Annual statistical returns and brief notes on vaccination in Bengal - 1887-1898
Year: 1887
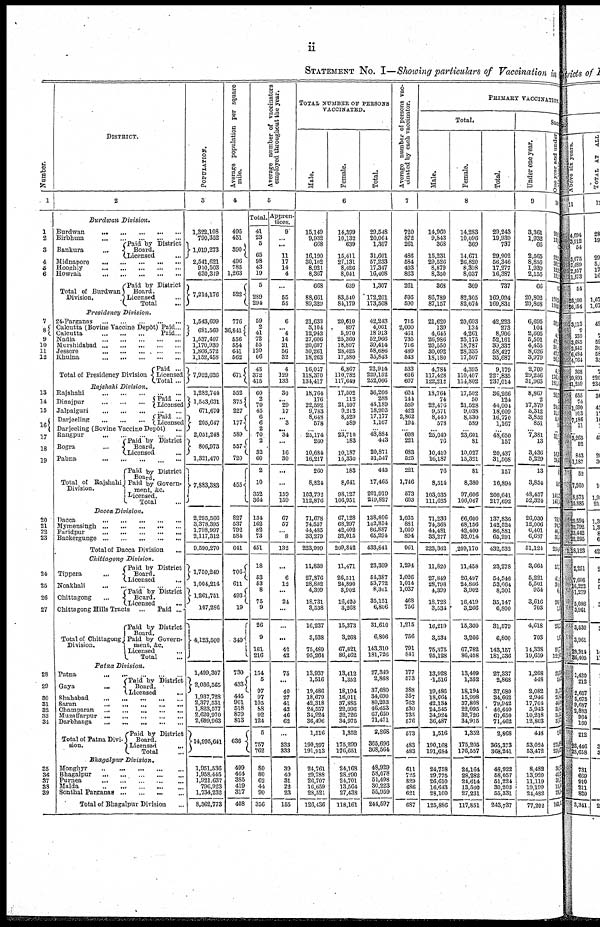
ii
STATEMENT No. I—Showing particulars of Vaccination in
Number.
1
1
2
3
4
5
6
7
8
9
10
11
12
13
14
15
16
17
18
19
20
21
22
23
24
25
26
27
28
29
30
31
32
33
34
35
36
37
38
39
DISTRICT.
2
Burdwan
Division.
Burdwan...
...
...
...
...
Birbhum...
...
...
...
Bankura...
Paid by District
Board.
Licensed...
Midnapore...
...
...
...
...
...
Hooghly...
...
...
...
...
Howrah...
...
...
...
...
Paid by District
Board.
Total of Burdwan
Division.
Licensed.
Total.
Presidency
Division.
24-Parganas...
...
...
...
...
Calcutta (Bovine Vaccine Depôt)
Calcutta... ... ... ... ...
Paid...
Paid...
Nadia...
...
...
...
...
Murshidabad...
...
...
...
...
Jessore...
...
...
...
...
Khulna...
...
...
...
Total of Presidency Division
Paid ...
Licensed
Total ...
Rajshahi...
...
...
...
Dinajpur... ... ...
Paid ...
Licensed
Jalpaiguri...
...
...
...
Darjeeling... ... ...
Paid ...
Licensed
Darjeeling (Bovine Vaccine Depôt)...
Rangpur...
...
...
...
...
...
Bogra
Paid by District
Board
Pabna...
...
...
...
Total of Rajshahi
Division.
Paid by District
Board.
Paid by Govern-
ment,&c.
Licensed.
Total... ...
Dacca
Division.
Dacca... ... ... ... ...
Mymensingh... ... ...
Faridpur... ... ... ...
Backergunge...
...
...
...
...
Total of Dacca Division... ...
Chittagong
Division.
Tippera...
Paid by District
Board.
Licensed.
Noakhali... ... ... ... ... ...
Chittagong... ... ...
Paid by District
Board.
Licensed.
Chittagong Hills Tracts... ... ... ... ...
Total of Chittagong
Division.
Paid ....
Paid by District
Board.
Paid by Govern-
ment,&c.
Licensed.
Total
Patna
Division.
Patna
...
...
...
...
...
Gaya
Paid by District
Board. Licensed.
Shahabad...
...
...
Saran...
...
...
...
Champaran...
...
...
...
Muzaffarpur...
...
...
Darbhanga...
...
...
...
Total of Patna Divi-
sion.
Paid by District
Board.
Licensed...
Total...
Bhagalpur
Division.
Monghyr...
...
...
...
...
...
Bhagalpur...
...
...
...
...
Purnea...
...
...
...
...
Malda...
...
...
Sonthal
Parganas...
...
...
Total of Bhagalpur Division...
POPULATION.
3
1,322,108
790,352
1,019,273
2,541,621
910,503
630,319
7,214,176
1,543,699
681,560
1,537,407
1,170,930
1,866,572
1,152,458
7,952,626
1,282,744
1,543,631
671,670
205,647
2,051,248
806,973
1,321,470
7,883,383
2,295,566
3,378,395
1,798,997
2,117,312
9,590,270
1,750,249
1,004,214
1,261,751
107,286
4,123,500
1,499,307
2,036,565
1,937,728
2,377,531
1,823,577
2,620,970
2,699,963
14,995,641
1,951,536
1,958,445
1,921,637
796,923
1,734,232
8,362,773
Average population per square
mile.
4
495
451
390
496
785
1,263
522
776
36,841
556
554
641 562
671
552
375
227
177
589
557
720
455
827
537
792
584
641
706
611
493
19
340
730
433
445
901
518
879
813
636
499
464
385
419
317
408
Average number of vaccinators
employed throughout the year.
5
Total.
41
23
5
65
98
43
19
5
289
294
59
...
41
72
55
120
66
43
372
415
60
2
79
45
6
6
2
70
2
32
60
2
10
352
364
134
162
82
73
451
18
53
53
8
75
9
26
9
181
216
154
5
97
97
105
88
92
124
5
757
762
80
80
62
44
90
356
Appren-
tices.
9
...
...
11
17
14
4
...
55
55
6
... 4
14
21
56
32
4
129
133
30
...
29
17
...
3
... 34
...
16
30
...
...
159
159
67
57
...
8
132
...
6
12
...
24
...
...
...
42
42
75
...
40
27
41
42
46
62
...
333
333
39
40
31
22
23
155
TOTAL NUMBER OF PERSONS
VACCINATED.
Male.
Female.
Total.
6
15,149
9,932
668
16,190
30,102
8,921
8,367
668
88,661
89,329
21,633
3,104
12,943
27,606
20,607
30,261
18,263
16,047
118,370
134,417
18,764
176
22,592
9,783
8,648
578
...
25,174
260
10,684
16,217
260
8,824
103,792
112,876
71,678
74,557
44,485
33,279
223,999
11,838
27,876
28,882
4,399
18,731
3,538
16,237
3,538
75,489
95,264
13,937
1,516
19,486
18,679
42,318
24,557
34,924
36,496
1,516
190,397
191,913
24,761
29,788
26,707
16,659
28,521
126,436
14,399
10,132
639
15,411
27,131
8,426
8,041
639
83,540
84,179
20,610
897
5,970
25,360
18,807
28,425
17,580
6,867
110,782
117,649
17,502
112
21,597
9,212
8,529
589
...
23,710
183
10,187
15,330
183
8,641
98,127
106,951
67,128
68,297
42,402
32,015
209,842
11,471
26,511
24,890
3,902
16,420
3,268
15,373
3,268
67,821
86,462
13,412
1,352
18,194
16,011
37,885
22,096
32,726
34,975
1,352
175,299
176,651
24,168
28,290
24,701
13,564
27,438
118,161
29,548
20,064
1,307
31,601
57,233
17,347
16,408
1,307
172,201
173,508
42,243
4,001
18,913
52,966
39,414
58,686
35,843
22,914
229,152
252,066
36,266
288
44,189
18,995
17,177
1,167
...
48,884
443
20,871
31,547
443
17,465
201,919
219,827
138,806
142,854
86,887
65,294
433,841
23,309
54,387
53,772
8,301
35,151
6,806
31,610
6,806
143,310
181,726
27,349
2,868
37,680
34,690
80,203
46,653
67,650
71,471
2,868
365,696
368,564
48,929
58,078
51,408
30,223
55,959
244,597
Average number of persons vac-
cinated by each vaccinator.
7
720
872
261
486
584
403
863
261
595
590
715
2,000
461
735
716
489
543
533
616
607
604
141
559
422
2,862
194
...
698
221
683
525
221
1,746
573
603
1,035
881
1,059
894
961
1,294
1,026
1,014
1,037
468
756
1,215
756
791
841
177
573
388
357
763
530
735
576
573
483
483
611
725
829
686
621
687
PRIMARY VACCINATION
Total.
Male.
Female.
Total.
8
14,960
9,843
368
15,231
29,526
8,879
8,350
368
86,789
87,157
21,620
139
4,645
26,986
20,550
30,092
18,180
4,784
117,428
122,212
18,764
74
22,476
9,571
8,440
578
...
25,049
76
10,410
16,187
76
8,514
103,035
111,625
71,236
74,368
44,481
33,277
223,362
11,820
27,849
28,798
4,399
18,728
3,534
16,219
3,534
75,375
95,128
13,928
1,516
19,486
18,664
42,134
24,545
34,924
36,487
1,516
190,168
191,684
24,758
29,775
26,610
16,643
28,100
125,886
14,283
10,096
369
14,671
26,820
8,398
8,037
369
82,305
82,674
20,603
134
4,261
25,175
18,787
28,335
17,507
4,395
110,407
114,802
17,502
50
21,528
9,038
8,330
589
...
23,601
81
10,027
15,321
81
8,380
97,606
106,067
66,600
68,156
42,400
32,014
209,170
11,458
26,497
24,866
3,902
16,419
3,266
15,360
3,266
67,782
86,408
13,409
1,352
18,194
15,998
37,808
22,095
32,726
34,975
1,352
175,205
176,557
24,164
28,282
24,614
13,560
27,231
117,851
29,243
19,939
737
29,902
56,346
17,277
16,387
737
169,094
169,831
42,223
273
8,906
52,161
39,337
58,427
35,687
9,179
227,835
237,014
36,266
124
44,004
18,609
16,770
1,167
...
48,650
157
20,437
31,508
157
16,894
200,641
217,692
137,836
142,524
86,881
65,291
432,532
23,278
54,346
53,664
8,301
35,147
6,800
31,579
6,800
143,157
181,536
27,337
2,868
37,680
34,662
79,942
46,640
67,650
71,462
2,868
365,373
368,241
48,922
58,057
51,224
30,203
55,331
243,737
Suc
Under one year.
9
3,361
1,932
66
2,565
8,850
1,939
2,155
66
20,802
20,868
6,695
104
2,605
5,501
4,455
8,626
3,979
2,709
29,256
31,965
8,860
2
17,379
5,312
3,852
851
...
7,381
13
3,436
5,229
13
3,854
48,457
52,324
26,030
12,006
6,401
6,637
51,124
3,664
5,221
5,501
954
3,616
703
4,618
703
14,338
19,659
1,268
448
2,082
2,946
17,764
5,943
10,218
12,803
448
53,024
53,472
8,482
13,920
11,119
19,199
24,482
77,202
One year and under
10
20,
13,
0
22,
39,
13
12
0
12
12,
32,
1
4
42
31
42
26
4
176
181
26
0 24
11
5 2
...
37
1
1
24
1
3
141
147
79
94
46
33
254
17
41
3
6
26
1
23
1
97
12
23
2
34
23 46
33
53
5
2
273
273
33
43
39
10 29
161